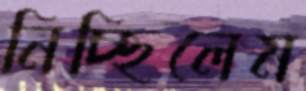
নিচ্ছিলেম